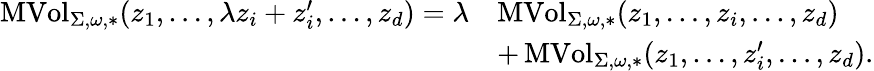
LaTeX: \begin{array}{rl}{\operatorname{MVol}_{\Sigma,\omega,*}(z_{1},\dots,\lambda z_{i}+z_{i}^{\prime},\dots,z_{d})=\lambda}&{\operatorname{MVol}_{\Sigma,\omega,*}(z_{1},\dots,z_{i},\dots,z_{d})}\\ &{+\operatorname{MVol}_{\Sigma,\omega,*}(z_{1},\dots,z_{i}^{\prime},\dots,z_{d}).}\end{array}